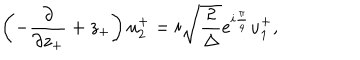
\left( - \frac { \partial } { { \partial } z _ { + } } + z _ { + } \right) u _ { 2 } ^ { + } = i \sqrt { \frac { 2 } { \Delta } } e ^ { i \frac { \pi } { 4 } } u _ { 1 } ^ { + } ,